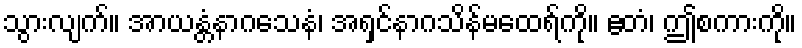
သွားလျက်။ အာယန္တံနာဂသေနံ၊ အရှင်နာဂသိန်မထေရ်ကို။ ဧတံ၊ ဤစကားကို။